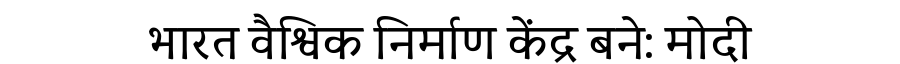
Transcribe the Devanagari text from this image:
भारत वैश्विक निर्माण केंद्र बने: मोदी